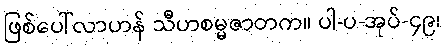
ဖြစ်ပေါ်လာဟန် သီဟစမ္မဇာတက။ ပါ-ပ-အုပ်-၄၉၊